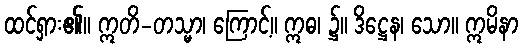
ထင်ရှား၏။ ဣတိ-တသ္မာ၊ ကြောင့်။ ဣဓ၊ ၌။ ဒိဋ္ဌေန၊ သော။ ဣမိနာ